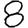
Digit: 8